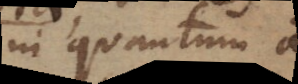
in quantum a